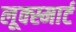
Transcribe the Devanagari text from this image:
लूक्स्मार्ट